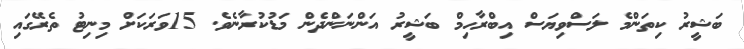
ބަޝީރު ކިތަންމެ ލަސްވިޔަސް އިބްރާހިމް ބަޝީރު އަންނަންދެން މަޑުކުރާނެވެ. 15ވަރަކަށް މިނިޓު ތެރޭގައި